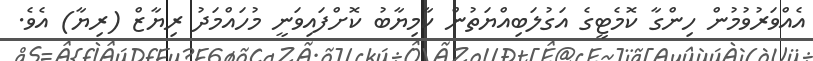
އެއްވަރުވުމުން ހިންގާ ކޮމެޓީގެ އަގުލަބިއްޔަތުން ކާމިޔާބު ކޮށްފައިވަނީ މުހައްމަދު ރިޔާޒް (ރިޔާ) އެވެ.